Indian journal of veterinary science and animal husbandry - Volume 4,
Year: 1934
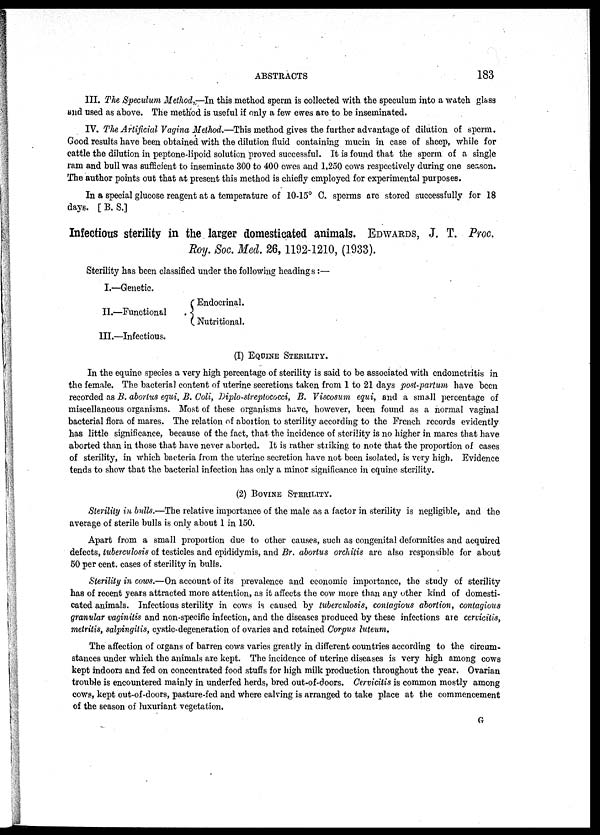
ABSTRACTS
183
III. The Speculum Method.—In this method sperm is collected with the speculum into a watch glass
and used as above. The method is useful if only a few ewes are to be inseminated.
IV. The Artificial Vagina Method.—This method gives the further advantage of dilution of sperm.
Good results have been obtained with the dilution fluid containing mucin in case of sheep, while for
cattle the dilution in peptone-lipoid solution proved successful. It is found that the sperm of a single
ram and bull was sufficient to inseminate 300 to 400 ewes and 1,250 cows respectively during one season.
The author points out that at present this method is chiefly employed for experimental purposes.
In a special glucose reagent at a temperature of 10-15° C. sperms are stored successfully for 18
days. [ B. S.]
Infectious sterility in the larger domesticated animals. EDWARDS, J. T. Proc.
Roy. Soc. Med. 26, 1192-1210, (1933).
Sterility has been classified under the following headings :—
I.—Genetic.
II.—Functional
III.—Infectious.
Endocrinal.
Nutritional.
(I) EQUINE STERILITY.
In the equine species a very high percentage of sterility is said to be associated with endometritis in
the female. The bacterial content of uterine secretions taken from 1 to 21 days post-partum have been
recorded as B. abortus equi, B. Coli, Diplo-streptococci, B. Viscosum equi, and a small percentage of
miscellaneous organisms. Most of these organisms have, however, been found as a normal vaginal
bacterial flora of mares. The relation of abortion to sterility according to the French records evidently
has little significance, because of the fact, that the incidence of sterility is no higher in mares that have
aborted than in those that have never aborted. It is rather striking to note that the proportion of cases
of sterility, in which bacteria from the uterine secretion have not been isolated, is very high. Evidence
tends to show that the bacterial infection has only a minor significance in equine sterility.
(2) BOVINE STERILITY.
Sterility in bulls.—The relative importance of the male as a factor in sterility is negligible, and the
average of sterile bulls is only about 1 in 150.
Apart from a small proportion due to other causes, such as congenital deformities and acquired
defects, tuberculosis of testicles and epididymis, and Br. abortus orchitis are also responsible for about
50 per cent. cases of sterility in bulls.
Sterility in cows.—On account of its prevalence and economic importance, the study of sterility
has of recent years attracted more attention, as it affects the cow more than any other kind of domesti-
cated animals. Infectious sterility in cows is caused by tuberculosis, contagious abortion, contagious
granular vaginitis and non-specific infection, and the diseases produced by these infections are cervicitis,
metritis, salpingitis, cystic-degeneration of ovaries and retained Corpus luteum.
The affection of organs of barren cows varies greatly in different countries according to the circum-
stances under which the animals are kept. The incidence of uterine diseases is very high among cows
kept indoors and fed on concentrated food stuffs for high milk production throughout the year. Ovarian
trouble is encountered mainly in underfed herds, bred out-of-doors. Cervicitis is common mostly among
cows, kept out-of-doors, pasture-fed and where calving is arranged to take place at the commencement
of the season of luxuriant vegetation.
G